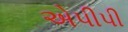
એપીપી